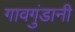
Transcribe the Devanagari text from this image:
गावगुंडानी